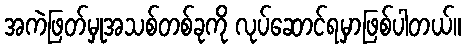
အကဲဖြတ်မှုအသစ်တစ်ခုကို လုပ်ဆောင်ရမှာဖြစ်ပါတယ်။